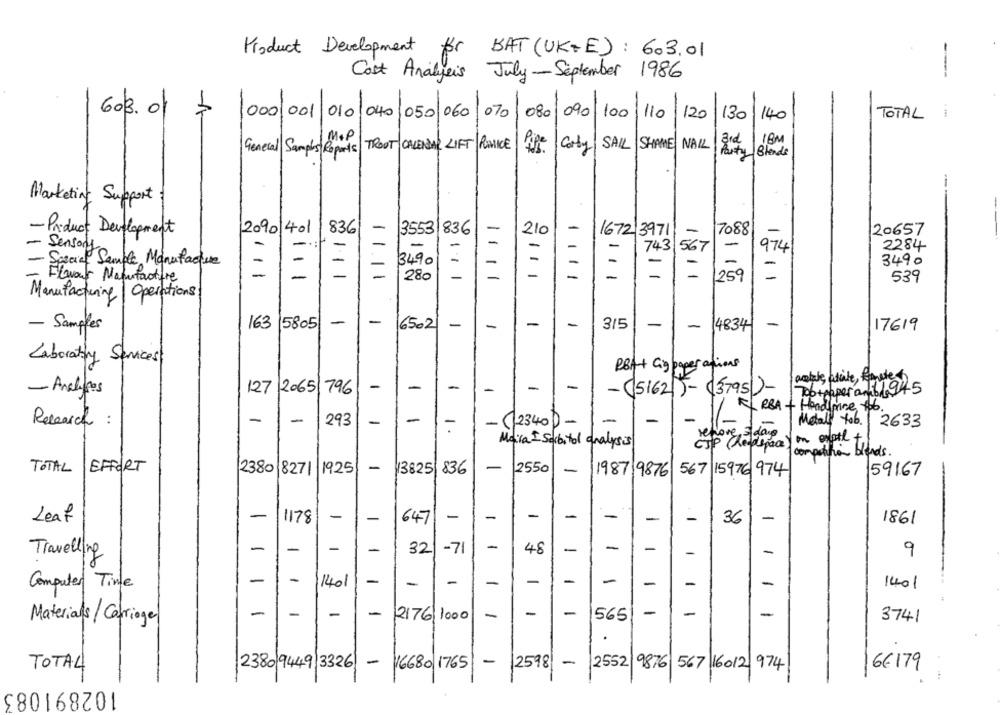
Product Development
for
BAT (UK+E): 603.01
Cost Analysis
July-September 1986
---
603. 01
000 001
010 040 050 060 070 080 090 100
130
TOTAL
110
120
140
MOP
3rd
18M
General Samples Reports|TROOT CALENDAR LIFT RiHICE
City|SAIL SHAME NAIL
Blends
-
Marketing Support
2090/401
836
-
210
-
- Product Development
3553 836
1672 3971
7088
20657
-
-
Sensory
-
-
-
-
-
743
974
2284
Special Sample Manufacture
-
13490
-
-
-
=
3490
Flowout Naturfacture
-
-
111
280
-
-
-
-
111
=
1811
259
-
539
Manufacturing| Operations
-
- Samples
163
5805
-
16502
-
-
-
-
315 --
14834
-
17619
Laborating Services
RBA+ Gigpaper actions
-
-
-
-
-
(actualy atile, faute
- Analises
127 /2065 796
-(51621)-(3795-
Tobteaper ani6/ 94-5
Research :
-
-
293
-
-
-
-
/_TRBA + HAndone too.
1
-(12340 -
1-
Metall tob. 2633
refore 5 days
CIP (hellepace) on expte +
Maira I Sorbitol analysis
competition blends .
TOTAL | EFFORT
2380 8271 1925
-
13825 836
-
2550
-
1987 9876 567 15976 974
59167
-
-
-
Leaf
1178
-
-
647
-
-
-
36
-
1861
Travelling
-
-
-
-
32
-71
-
48
-
-
-
-
-
9
-
-
-
Computer Time
-
1401
-
-
-
-
-
-
-
-
1401
-
-
-
1
-
-
-
-
-
-
Materials/ Carriage
2176 1000
565
3741
.
TOTAL
2380 9449 3326
-
16680 1765
-
2598
-
2552 9876 567 16012 974
6€179
102891083